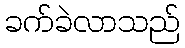
ခက်ခဲလာသည်